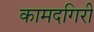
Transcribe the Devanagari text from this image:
कामदगिरी